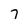
Character: 7